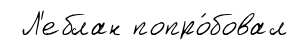
Л'еблан попро́бовал